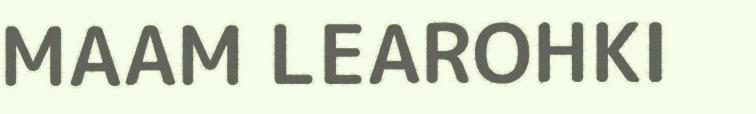
MAAM LEAROHKI